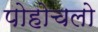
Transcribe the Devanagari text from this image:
पोहोचलो